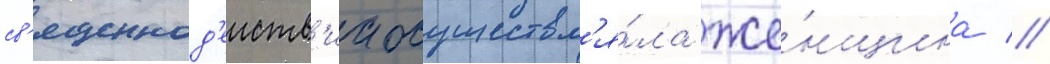
св'ященнод'еиств'иа осуществл'я́ла же́нщина //